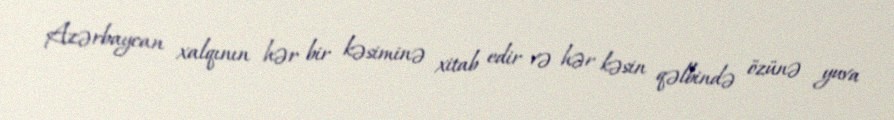
Azərbaycan xalqının hər bir kəsiminə xitab edir və hər kəsin qəlbində özünə yuva